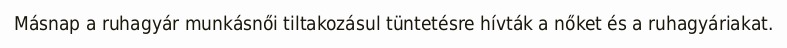
Másnap a ruhagyár munkásnői tiltakozásul tüntetésre hívták a nőket és a ruhagyáriakat.